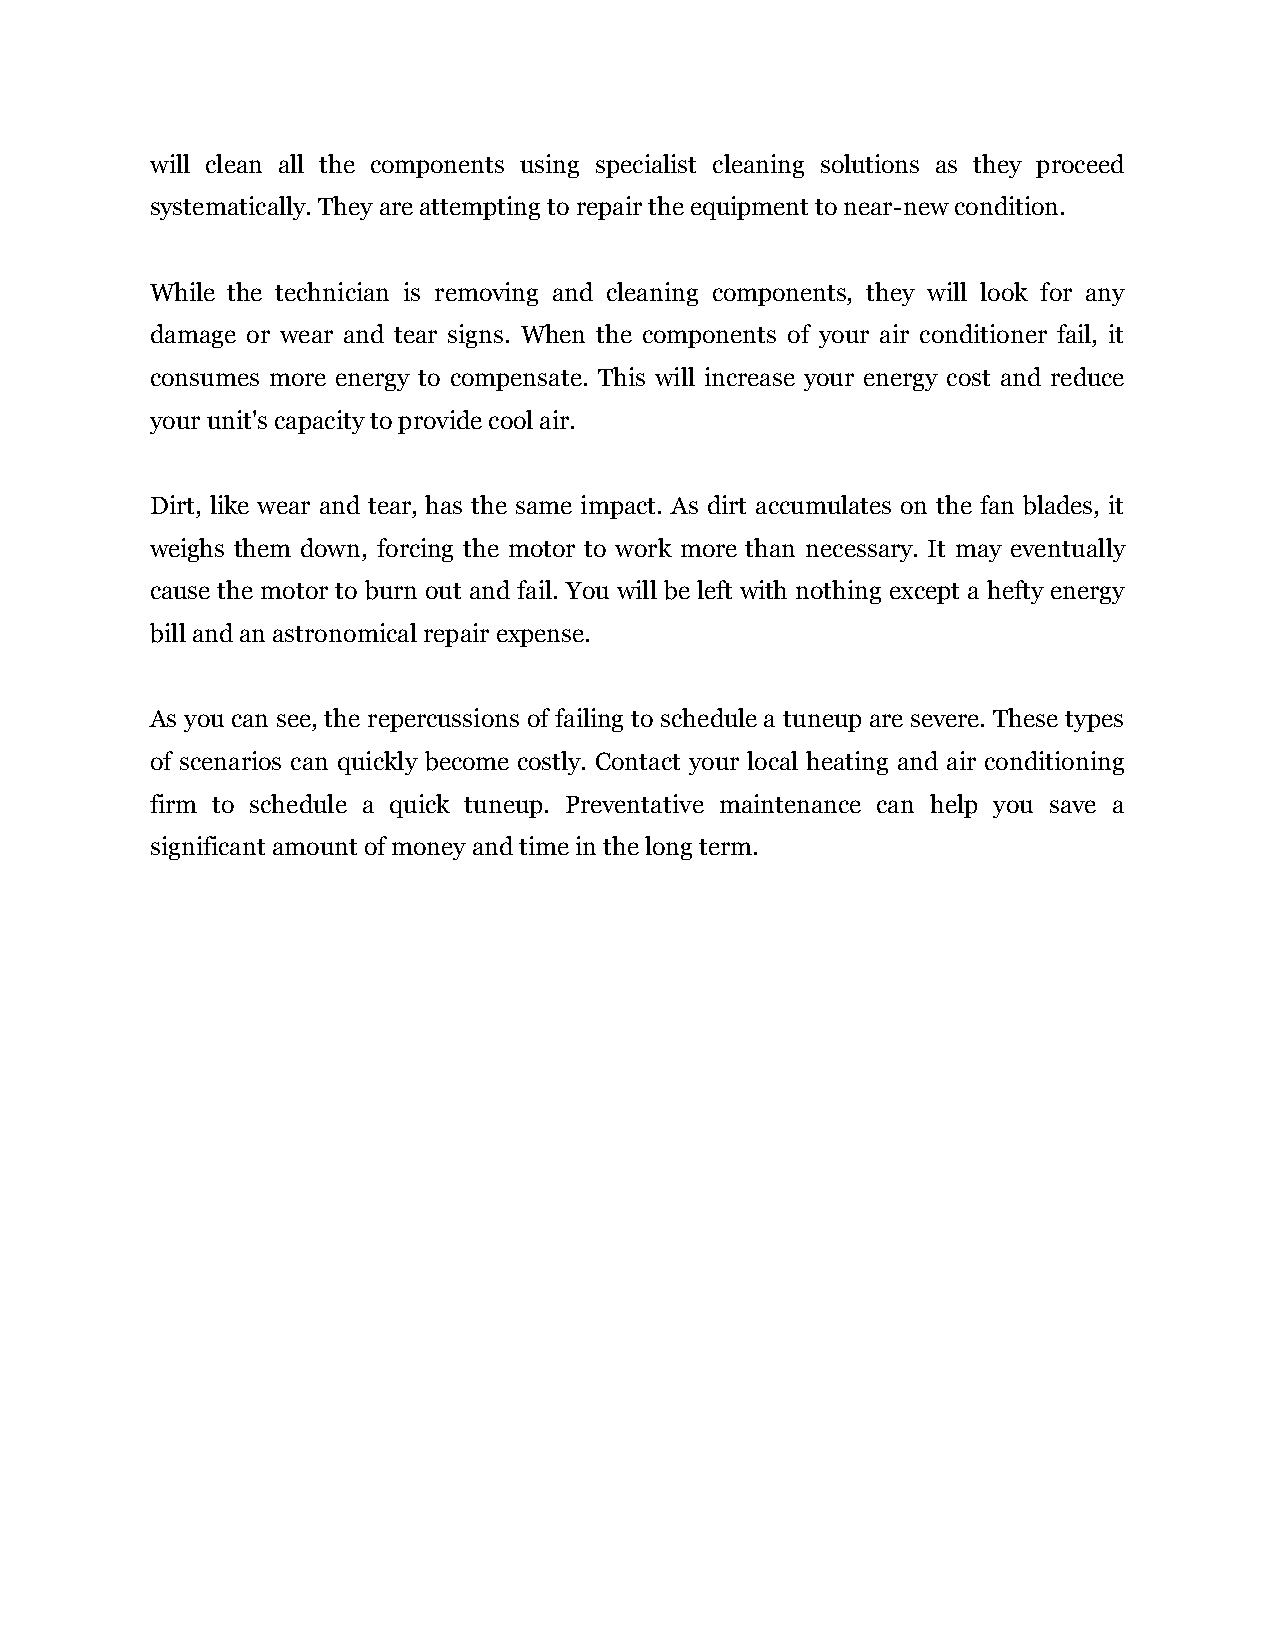
will clean all the components using specialist cleaning solutions as they proceed
 systematically. They are attempting to repair the equipment to near-new condition.
 While the technician is removing and cleaning components, they will look for any
 damage or wear and tear signs. When the components of your air conditioner fail, it
 consumes more energy to compensate. This will increase your energy cost and reduce
 your unit's capacity to provide cool air.
 Dirt, like wear and tear, has the same impact. As dirt accumulates on the fan blades, it
 weighs them down, forcing the motor to work more than necessary. It may eventually
 cause the motor to burn out and fail. You will be left with nothing except a hefty energy
 bill and an astronomical repair expense.
 As you can see, the repercussions of failing to schedule a tuneup are severe. These types
 of scenarios can quickly become costly. Contact your local heating and air conditioning
 firm to schedule a quick tuneup. Preventative maintenance can help you save a
 significant amount of money and time in the long term.